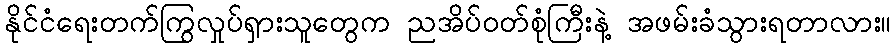
နိုင်ငံရေးတက်ကြွလှုပ်ရှားသူတွေက ညအိပ်၀တ်စုံကြီးနဲ့ အဖမ်းခံသွားရတာလား။